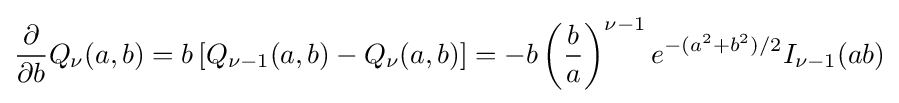
{\frac {\partial }{\partial b}}Q_{\nu }(a,b)=b\left[Q_{\nu -1}(a,b)-Q_{\nu }(a,b)\right]=-b\left({\frac {b}{a}}\right)^{\nu -1}e^{-(a^{2}+b^{2})/2}I_{\nu -1}(ab)